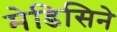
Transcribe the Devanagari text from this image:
मेडिसिने